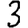
Digit: 3